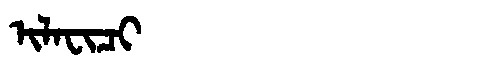
Manchu: ᡳᠯᠠᠸᡳᠴᡳ
Romanization: ILAFICI